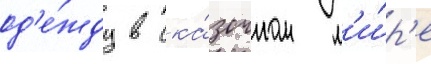
од'е́жду в ска́зочном м'и́р'е